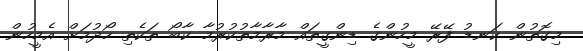
މިގޮތުން ކަނޑު ފޭރޭ މީހުންގެ ޑިންގީތައް މާރާމާތުކުރުމާ ކާބޯ ތަކެތި ހޯދުމަށް އެމީހުން